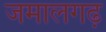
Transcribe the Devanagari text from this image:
जमालगढ़